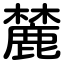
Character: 麓